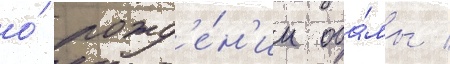
о́ рожд'е́н'ии оба́мы /